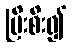
ပြီးစီး၍